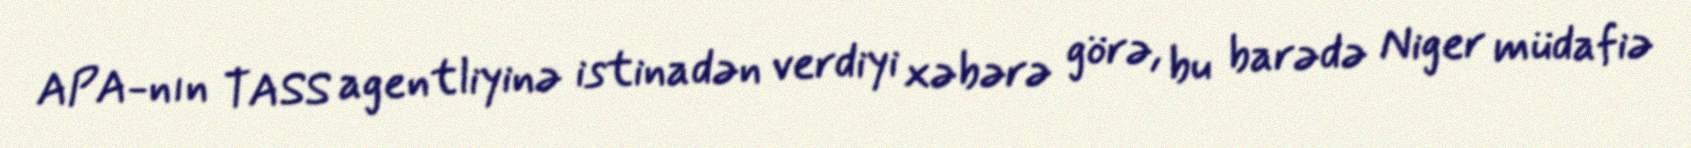
APA-nın TASS agentliyinə istinadən verdiyi xəbərə görə, bu barədə Niger müdafiə